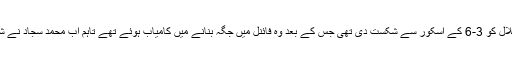
سیمی فائنل میں محمد سجاد نے پاکستان ہی کے کھلاڑی محمد بلال کو 3-6 کے اسکور سے شکست دی تھی جس کے بعد وہ فائنل میں جگہ بنانے میں کامیاب ہوئے تھے تاہم اب محمد سجاد نے شاندار کھیل کا مظاہرہ کرتے ہوئے فائنل بھی اپنے نام کرلیا ہے۔